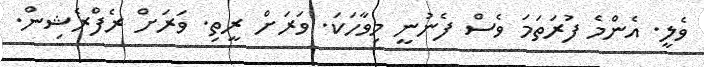
ވެލީ. އެންމެ ފުރަތަމަ ވެސް ފެނުނީ މިވާހަކަ. ވަރަށް ރީތި. ވަރަށް ރެފްރެޝިން.